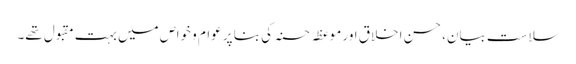
سلاست بیان، حسن اخلاق اور موعظہ حسنہ کی بنا پر عوام و خواص میں بہت مقبول تھے۔